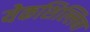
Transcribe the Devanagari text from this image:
येकशिल्लिबा